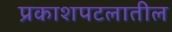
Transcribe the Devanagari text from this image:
प्रकाशपटलातील